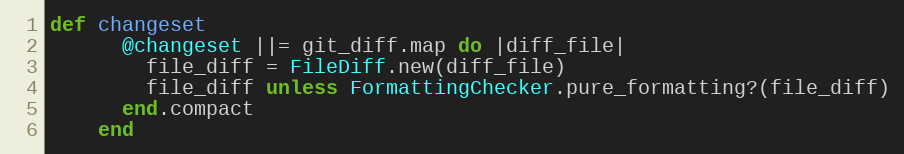
Language: Ruby
def changeset
      @changeset ||= git_diff.map do |diff_file|
        file_diff = FileDiff.new(diff_file)
        file_diff unless FormattingChecker.pure_formatting?(file_diff)
      end.compact
    end